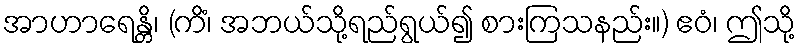
အာဟာရေန္တိ၊ (ကိံ၊ အဘယ်သို့ရည်ရွယ်၍ စားကြသနည်း။) ဧဝံ၊ ဤသို့